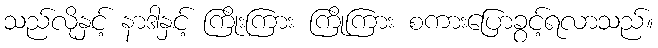
သည်လိုနှင့် နာဒါနှင့် ကြိုးကြား ကြိုကြား စကားပြောခွင့်ရလာသည်။